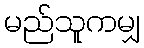
မည်သူကမျှ